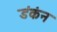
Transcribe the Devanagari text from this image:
डंकंन